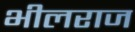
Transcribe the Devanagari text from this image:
भीलराज